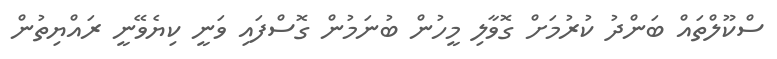
ސްކޫލްތައް ބަންދު ކުރުމަށް ގޮވާލި މީހުން ބުނަމުން ގޮސްފައި ވަނީ ކިޔެވޭނީ ރައްޔިތުން